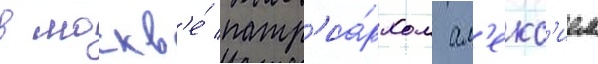
в москв'е́ патр'иа́рхом ал'екс'ием